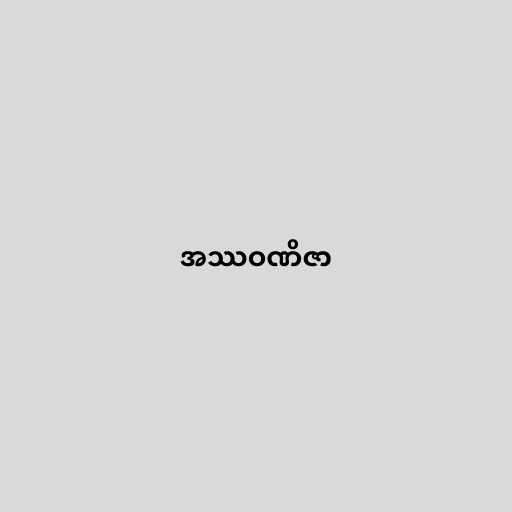
အဿဝဏိဇာ